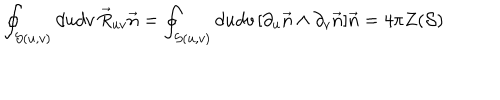
\oint _ { { \cal S } ( u , v ) } d u d v \, \vec { R } _ { u v } \vec { n } = \oint _ { { \cal S } ( u , v ) } d u d v \, [ \partial _ { u } \vec { n } \wedge \partial _ { v } \vec { n } ] \vec { n } = 4 \pi Z ( { \cal S } )